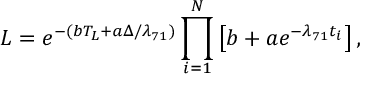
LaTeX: { \cal L } = e ^ { - ( b T _ { L } + a \Delta / \lambda _ { 7 1 } ) } \prod _ { i = 1 } ^ { N } \left[ b + a e ^ { - \lambda _ { 7 1 } t _ { i } } \right] ,